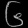
Digit: ၆